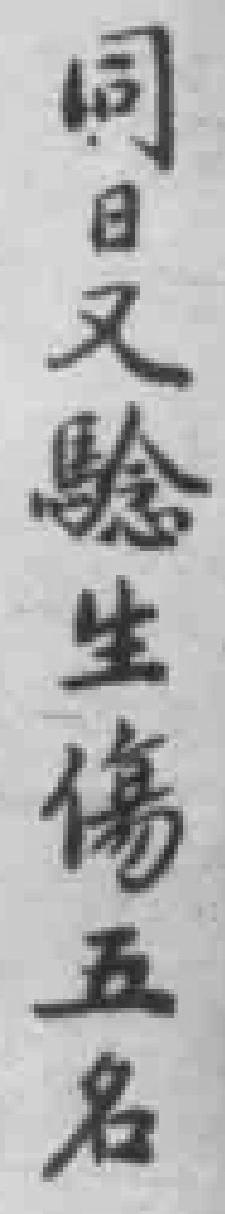
同日又驗生傷五名